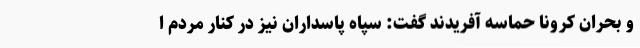
و بحران کرونا حماسه آفریدند گفت: سپاه پاسداران نیز در کنار مردم ا